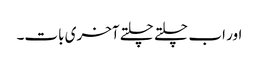
اور اب چلتے چلتے آخری بات۔